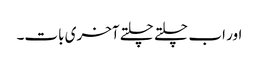
اور اب چلتے چلتے آخری بات۔